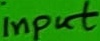
Text: input